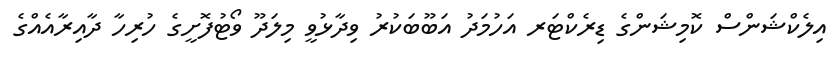
އިލެކްޝަންސް ކޮމިޝަންގެ ޑިރެކްޓަރ އަހުމަދު އަބޫބަކުރު ވިދާޅުވީ މިލަދޫ ވޯޓުފޮށީގެ ހުރިހާ ދާއިރާއެއްގެ